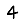
Digit: 4